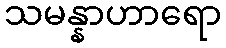
သမန္နာဟာရော